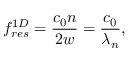
f _ { r e s } ^ { 1 D } = \frac { c _ { 0 } n } { 2 w } = \frac { c _ { 0 } } { \lambda _ { n } } ,